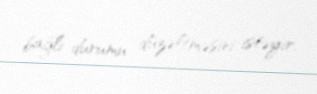
bağlı durumu düzəltməsini istəyir.